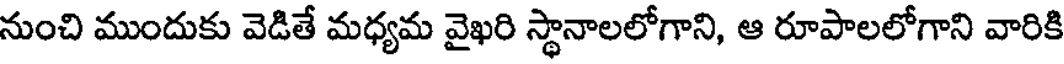
నుంచి ముందుకు వెడితే మధ్యమ వైఖరి స్థానాలలోగాని, ఆ రూపాలలోగాని వారికి